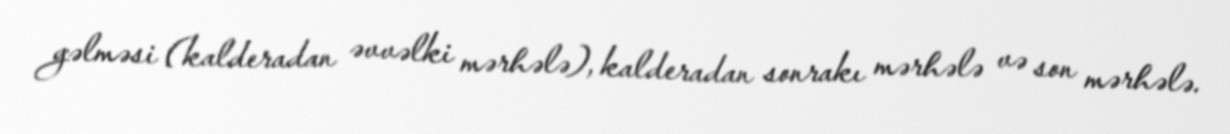
gəlməsi (kalderadan əvvəlki mərhələ), kalderadan sonrakı mərhələ və son mərhələ.